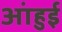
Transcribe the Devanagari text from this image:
आंहुई